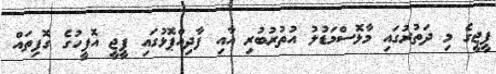
ޕީޖީގެ މި ދަތުރުގައި މާޅޮސްމަޑުލު އުތުރުބުރި އާއި ފާދިއްޕޮޅުގައި ޕީޖީ އޮފީހުގެ ގޮފިތައް